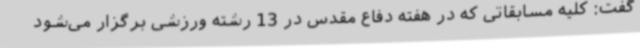
گفت: کلیه مسابقاتی که در هفته دفاع مقدس در 13 رشته ورزشی برگزار می‌شود